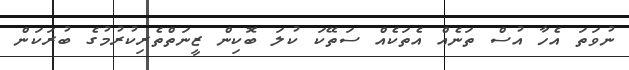
ނުވަތަ އެހާ އުސް ތަނެއް އެތަކެއް ސަތޭކަ ކުލަ ބޮކިން ޒީނަތްތެރިކުރުމުގެ ބުރަކަން